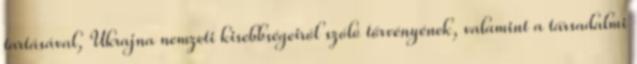
tartásával, Ukrajna nemzeti kisebbségeiről szóló törvényének, valamint a társadalmi